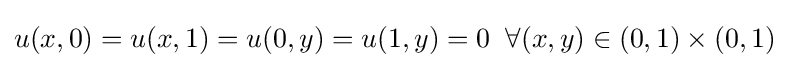
u(x,0)=u(x,1)=u(0,y)=u(1,y)=0\;\;\forall (x,y)\in (0,1)\times (0,1)